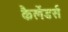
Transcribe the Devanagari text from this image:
कैलेंडर्स